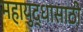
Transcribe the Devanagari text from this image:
महायुद्धासाठी